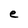
Character: e